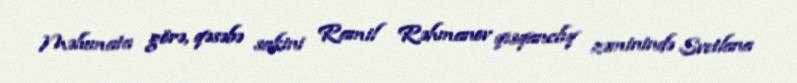
Məlumata görə, qəsəbə sakini Ramil Rəhmanov qısqanclıq zəminində Svetlana